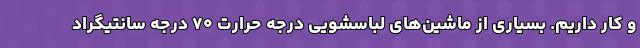
و کار داریم. بسیاری از ماشین‌های لباسشویی درجه حرارت ۷۰ درجه سانتیگراد